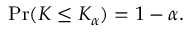
\Pr ( K \leq K _ { \alpha } ) = 1 - \alpha .